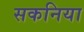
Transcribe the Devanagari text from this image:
सकनिया